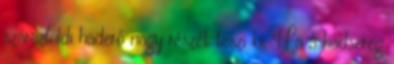
szárazföldi haderő nagy részét teszi ki. Ha a hadsereg